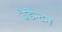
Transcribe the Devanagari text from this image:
ब्रैडेन्टन